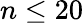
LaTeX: n\leq 20